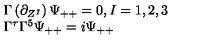
\begin{array} { l } { \Gamma \left( \partial _ { Z ^ { I } } \right) \Psi _ { + + } = 0 , I = 1 , 2 , 3 } \\ { \Gamma ^ { \tau } \Gamma ^ { 5 } \Psi _ { + + } = i \Psi _ { + + } } \\ \end{array}